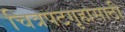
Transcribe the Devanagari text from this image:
चित्रपटगृहासाठी